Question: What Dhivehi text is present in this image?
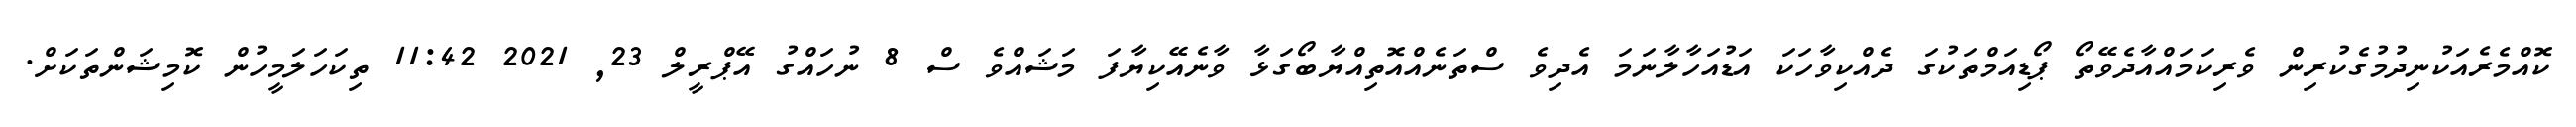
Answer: ކޮއްމެރެއަކުނިދުމުގެކުރިން ވެރިކަމައްއާދެވޭތޯ ޕޯޑިއަމްތަކުގަ ދެއްކިވާހަކަ އަޑުއަހާލާނަމަ އެދިވެ ސްތަނެއްއޮތިއްޔާބޯގަޅާ ވާނެއޭކިޔާފަ މަޝައްވެ ސް 8 ނުހައްގު އޭޕްރީލް 23, 2021 11:42 ތިކަހަލަމީހުން ކޮމިޝަންތަކަށް.